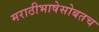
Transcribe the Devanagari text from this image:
मराठीभाषेसोबतच